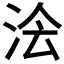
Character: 𭰅